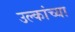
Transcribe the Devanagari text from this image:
उल्कांच्या